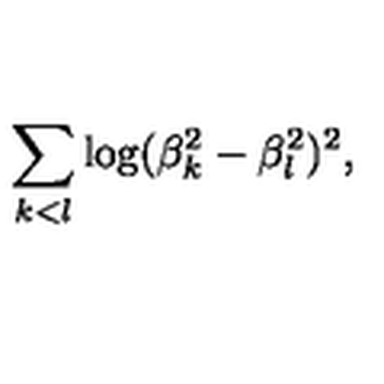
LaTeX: \sum _ { k < l } \log ( \beta _ { k } ^ { 2 } - \beta _ { l } ^ { 2 } ) ^ { 2 } ,